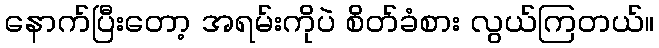
နောက်ပြီးတော့ အရမ်းကိုပဲ စိတ်ခံစား လွယ်ကြတယ်။